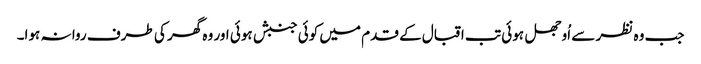
جب وہ نظر سے اُوجھل ہوئی تب اقبال کے قدم میں کوئی جنبش ہوئی اور وہ گھر کی طرف روا نہ ہوا۔